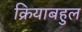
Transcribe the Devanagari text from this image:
क्रियाबहुल